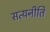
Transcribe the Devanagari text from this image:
सत्यनीति